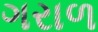
ગરાળ